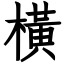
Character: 横